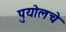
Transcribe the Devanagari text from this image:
पुयोलचे